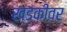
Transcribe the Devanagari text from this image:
ख्डकीवर